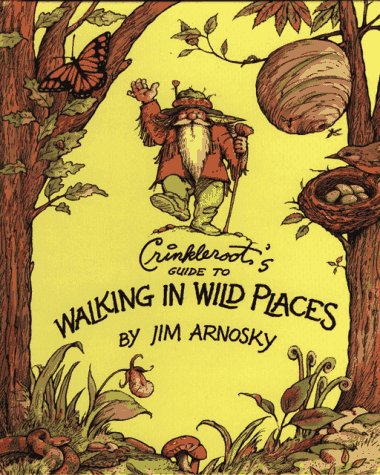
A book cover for Crinkleroot's Guide to Walking in Wild Places; Jim Arnosky; Children's Books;